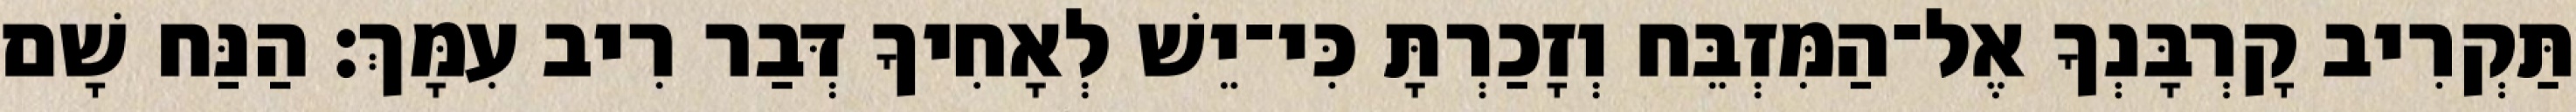
תַּקְרִיב קָרְבָּנְךָ אֶל־הַמִּזְבֵּח וְזָכַרְתָּ כִּי־יֵשׁ לְאָחִיךָ דְּבַר רִיב עִמָּךְ׃ הַנַּח שָׁם